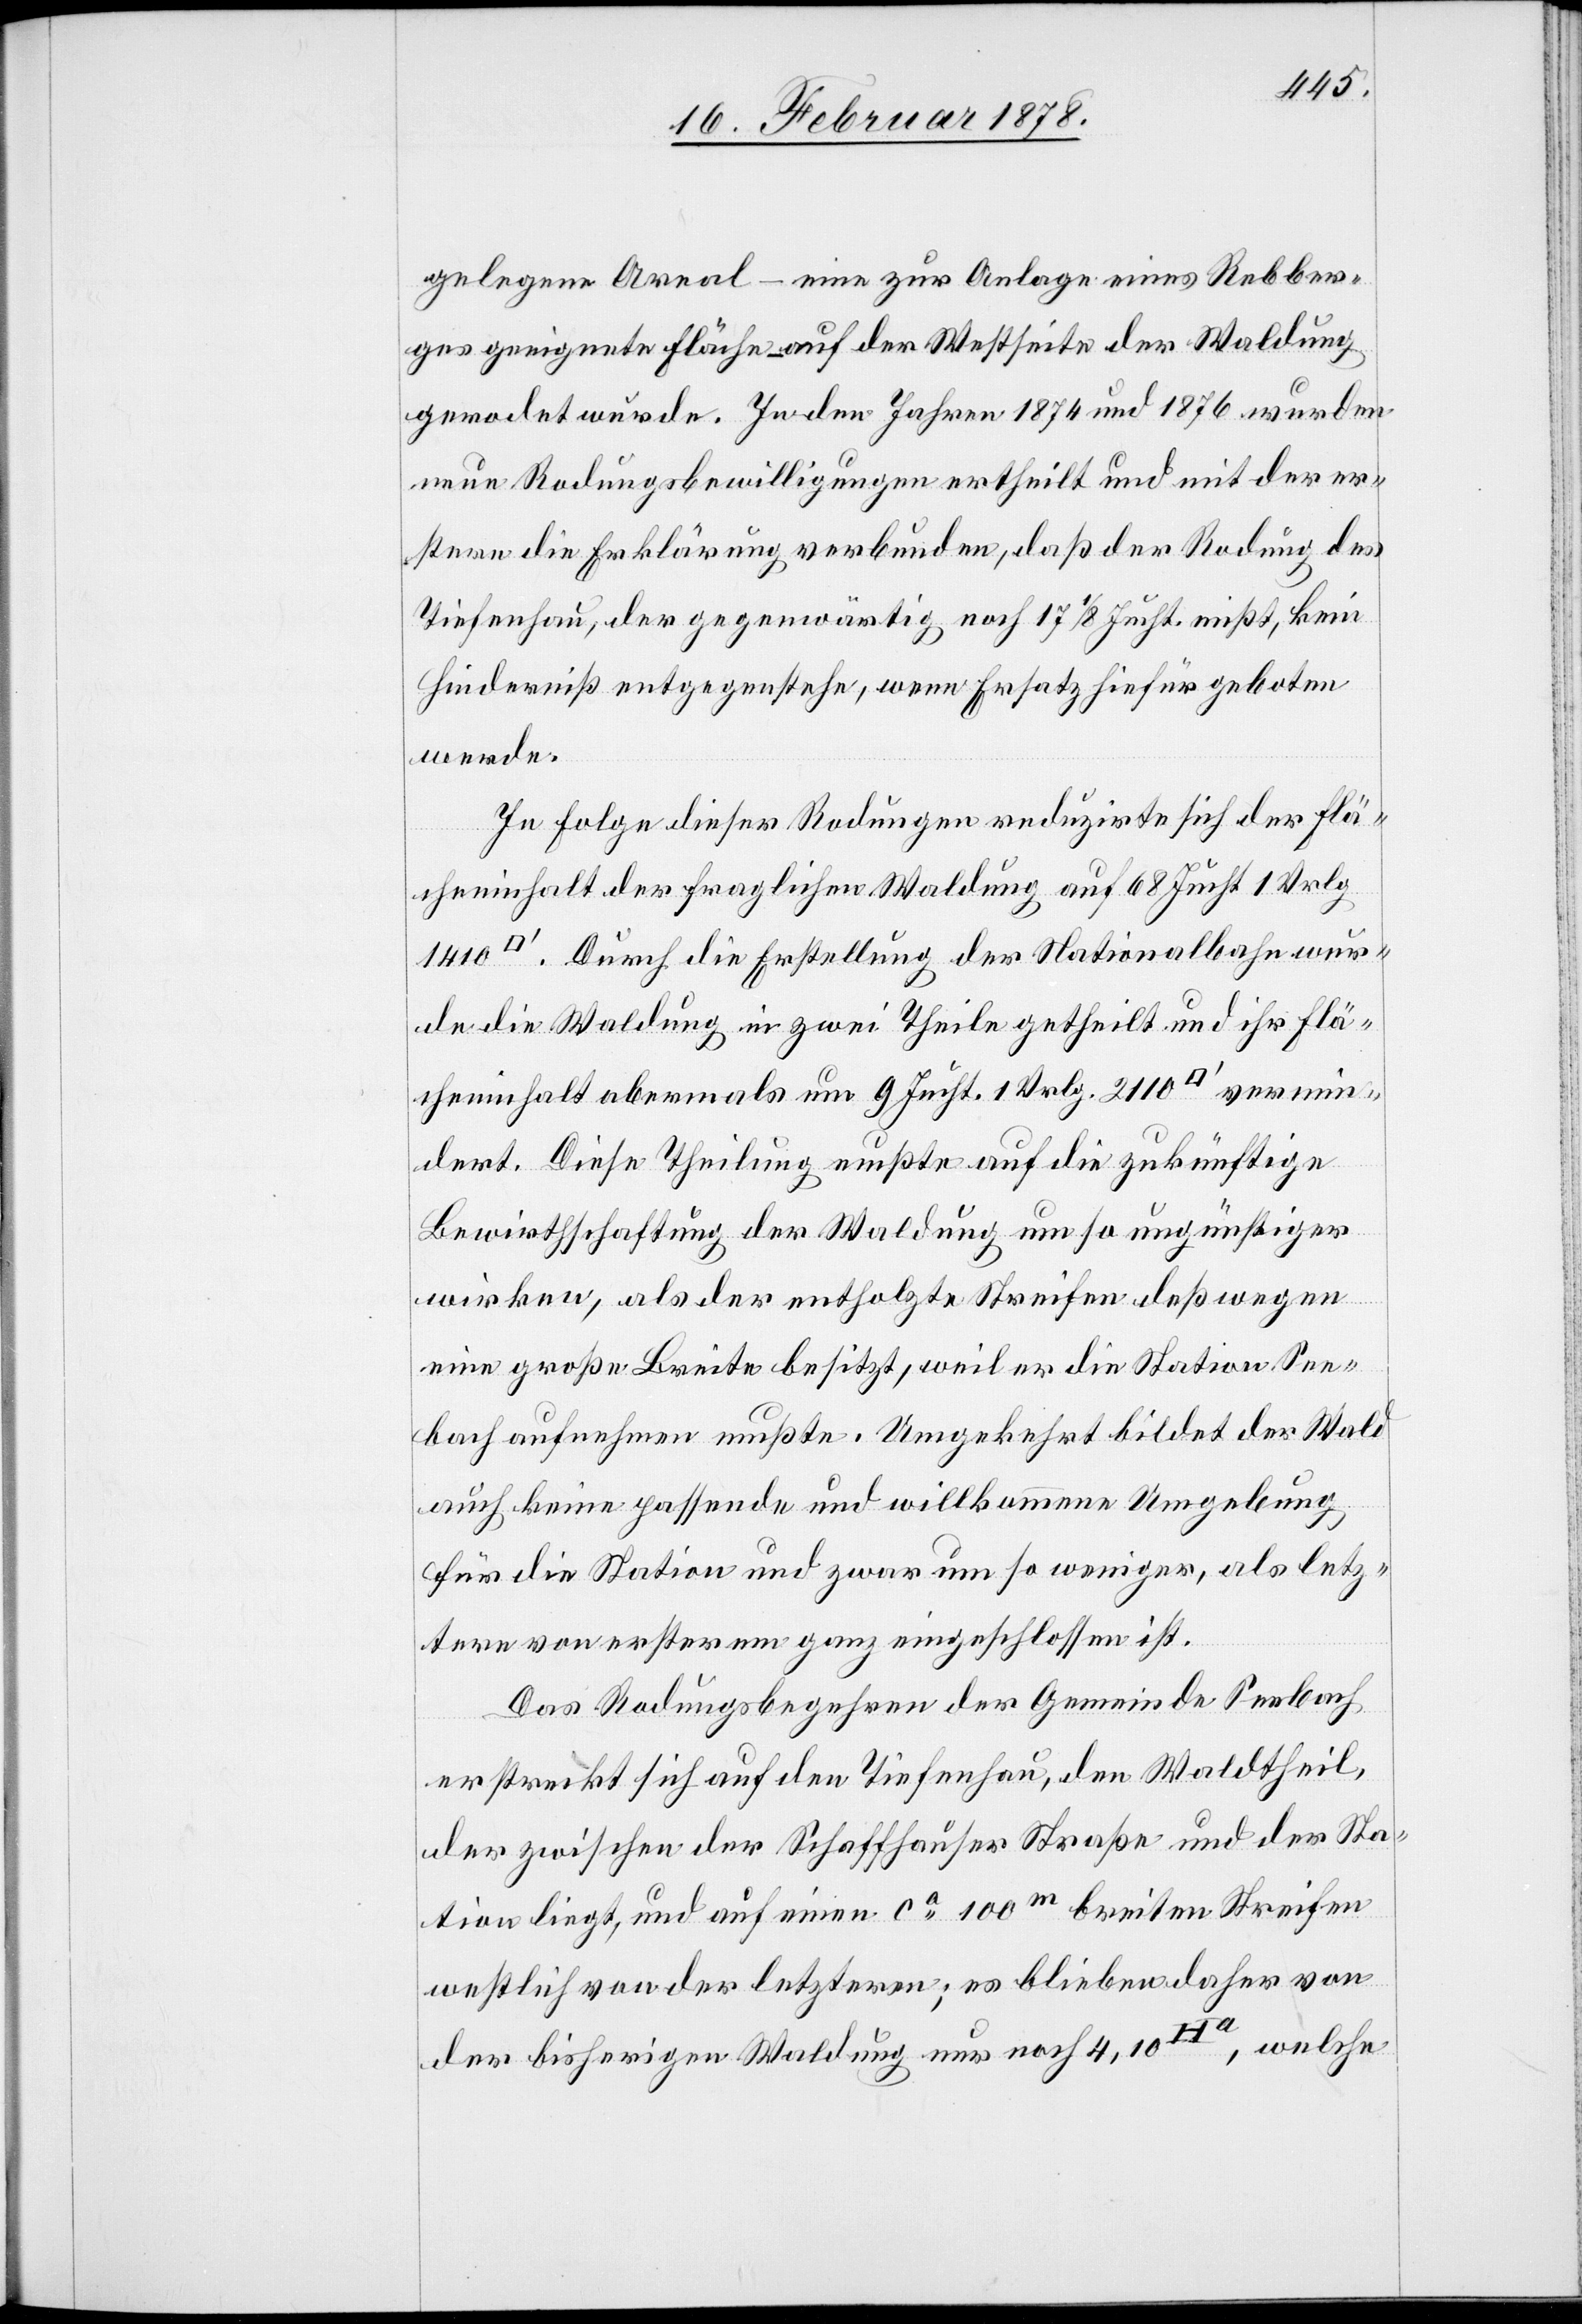
gelegene Areal – eine zur Anlage eines Rebber¬
ges geeignete Fläche auf der Westseite der Waldung
gerodet wurde. In den Jahren 1874 und 1876 wurden
neue Rodungsbewilligungen ertheilt und mit der er¬
stern die Erklärung verbunden, daß der Rodung des
Tiefenhau, der gegenwärtig noch 17 1/8 Jucht. misst, kein
Hinderniß entgegenstehe, wenn Ersatz hiefür geboten
werde.
In Folge dieser Rodungen reduzirte sich der Flä¬
cheninhalt der fraglichen Waldung auf 68 Juchart 1 Vrlg
Durch die Erstellung der Nationalbahn wur¬
de die Waldung in zwei Theile getheilt und ihr Flä¬
cheninhalt abermals um 9 Jucht. 1 Vrlg. 2110 [Quadratfuß] vermin¬
dert. Diese Theilung mußte auf die zukünftige
Bewirthschaftung der Waldung um so ungünstiger
wirken, als der entholzte Streifen deßwegen
eine große Breite besitzt, weil er die Station See¬
bach aufnehmen mußte. Umgekehrt bildet der Wald
auch keine passende und willkommene Umgebung
für die Station und zwar um so weniger, als letz¬
tere von ersterem ganz eingeschlossen ist.
Das Rodungsbegehren der Gemeinde Seebach
erstreckt sich auf den Tiefenhau, den Waldtheil,
der zwischen der Schaffhauser Straße und der Sta¬
tion liegt, und auf einen ca 100m breiten Streifen
westlich von der letztern; es blieben daher von
der bisherigen Waldung nur noch 4,10Ha, welche